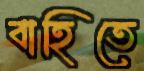
বাহিতে